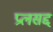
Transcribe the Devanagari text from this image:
प्रलसद्द